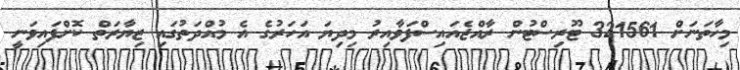
މިހާތަނަށް 321561 ޓޫރިސްޓުން ރާއްޖެއައިސްފަވާއިރު މިދިޔަ އަހަރުގެ އެ މުއްދަތުގައި ޒިޔާރަތް ކޮށްފައިވަނީ